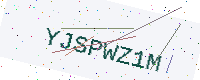
Text: YJSPWZ1M